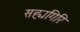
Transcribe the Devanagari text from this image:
सह्यगिरि